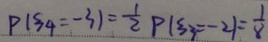
P ( \xi _ { 4 } = - 3 ) = \frac { 1 } { 2 } P ( \xi _ { 3 } = - 2 ) = \frac { 1 } { 8 }